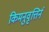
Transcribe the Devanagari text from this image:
किमनुवृत्तिर्न